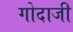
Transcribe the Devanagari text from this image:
गोदाजी